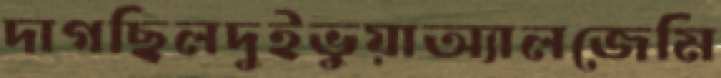
দাগছিলদুইভুয়াঅ্যালজেমি